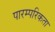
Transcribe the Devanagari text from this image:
पारम्परिकता